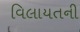
વિલાયતની